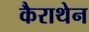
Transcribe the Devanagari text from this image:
कैराथेन